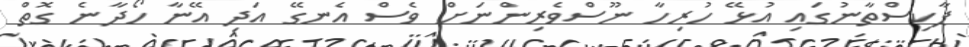
ޕާކިސްތާނުގައި އުޅޭ ހުރިހާ ނޫސްވެރިންނަށް ވެސް އެނގޭ އަދި އޭނާ ހޯދާނެ ގޮތް